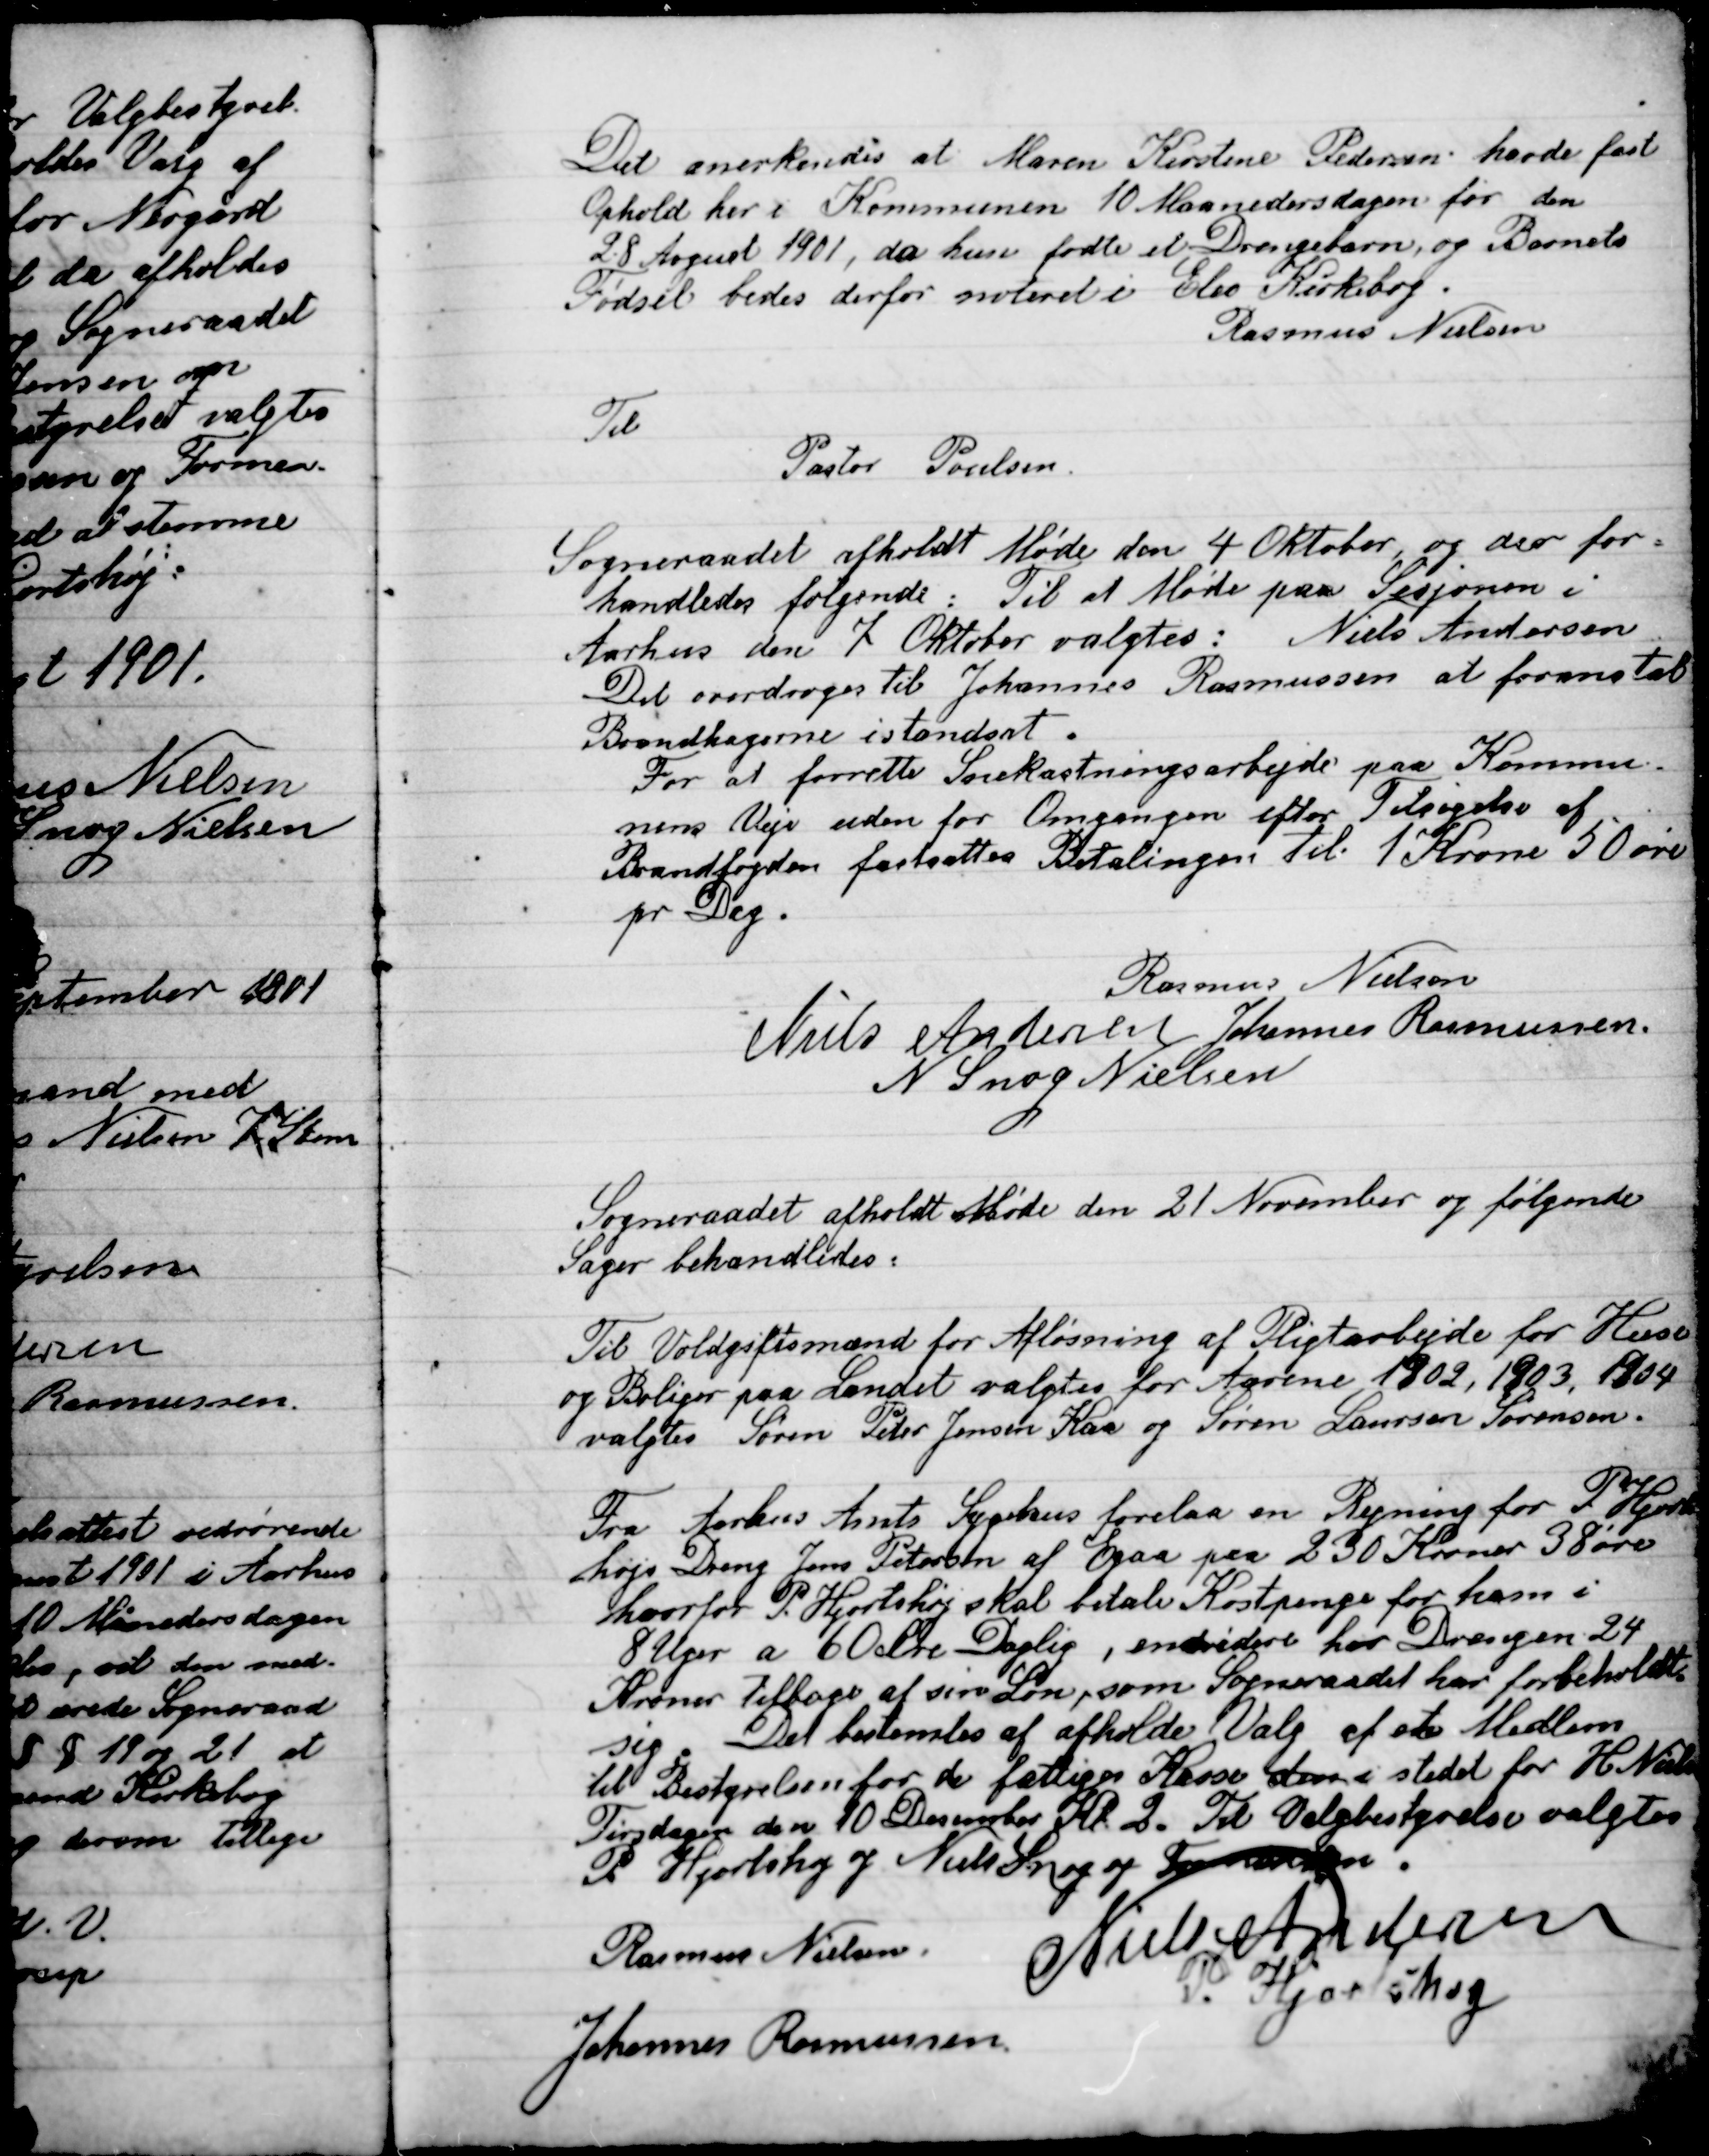
Transskription:
Det anerkendes at Maren Kirstine Pedersen havde fast
ophold her i Kommunen 10 Maanedersdagen for den
28 April 1901, da hun fødte et Drengebarn og Barnets
Fødsel bedes derfor noteret i Elev Kirkebog
Rasmus  Nielsen
Til
Pastor Poulsen

Sogneraadet afholdt Møde den 4 Oktober, og der for-
Handledes følgende: Til at Møde paa Sasjonen i
Aarhus den 7 Oktober valgtes: Niels Andersen
Det overdroges til Johannes Rasmussen at foranstalte
Brandhagerne istandsat.
For at forrette Snekastningsarbejde paa Kommu-
nens Veje uden for Omgangen efter Tilsigelse af
Brandfogeden fastsattes Betalingen til 1 Krone 50 øre
pr. Dag.

Rasmus Nielsen
Niels Andersen
Johannes Rasmussen
N. Snog Nielsen

Sogneraadet afholdt Møde den 21 November og følgende
Sager behandledes.

Til Voldgiftsmand for Afløsning af Pligtarbejde for Huse
og Boliger paa Landet valgtes for Aarene 1902, 1903, 1904
valgtes Søren Peder Jensen Kaa og Søren Laursen Sørensen.

Fra Aarhus Amts Sygehus forelaa en Regning for P. Hjorts-
højs Dreng Jens Petersen af Egaa paa 230 Kroner 38 øre
hvorfor P. Hjortshøj skal betale Kostpenge for ham i
8 Uger af 60 øre Daglig, endvidere har Drengen 24
Kroner tilbage af sin Løn, som Sogneraadet har forbeholdt
sig. Det bestemtes at afholde Valg af et Medlem
til Bestyrelsen for de fattiges Kasse den i stedt for H. Nielsen
Tirsdag den 10 December Kl. 2. Til Valgbestyrelse valgtes
P. Hjortshøj og Niels Snog og Formanden

Rasmus Nielsen
Niels Andersen
P. Hjortshøj
Johannes Rasmussen